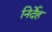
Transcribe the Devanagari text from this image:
निर्देह